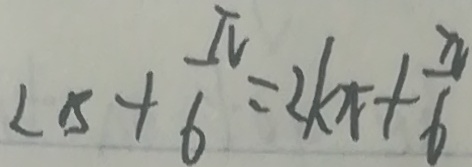
\angle B + \frac { \pi } { 6 } = 2 k x + \frac { x } { 6 }